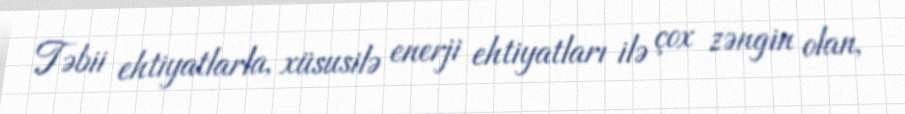
Təbii ehtiyatlarla, xüsusilə enerji ehtiyatları ilə çox zəngin olan,